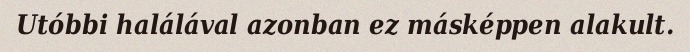
Utóbbi halálával azonban ez másképpen alakult.